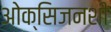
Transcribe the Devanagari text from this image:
ओक्सिजनशी